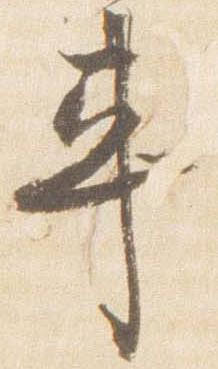
車